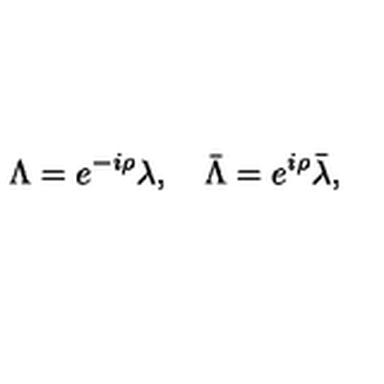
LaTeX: \Lambda = e ^ { - i \rho } \lambda , \quad \bar { \Lambda } = e ^ { i \rho } \bar { \lambda } , \quad